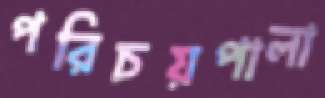
পরিচয়পালা